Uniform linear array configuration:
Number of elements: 24
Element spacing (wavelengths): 0.75
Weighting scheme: blackman
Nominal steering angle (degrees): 15
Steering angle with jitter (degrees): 16.369
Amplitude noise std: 0.05
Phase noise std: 0.05

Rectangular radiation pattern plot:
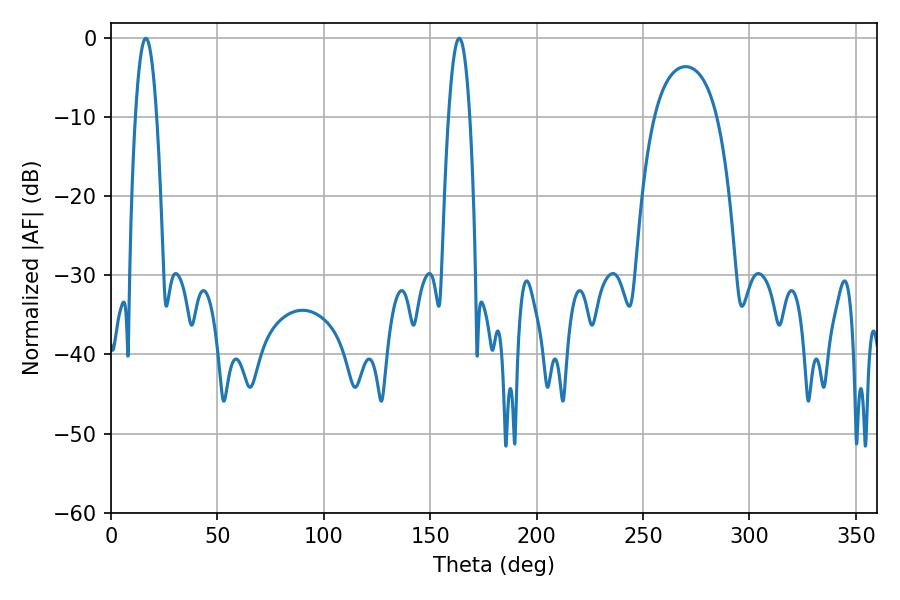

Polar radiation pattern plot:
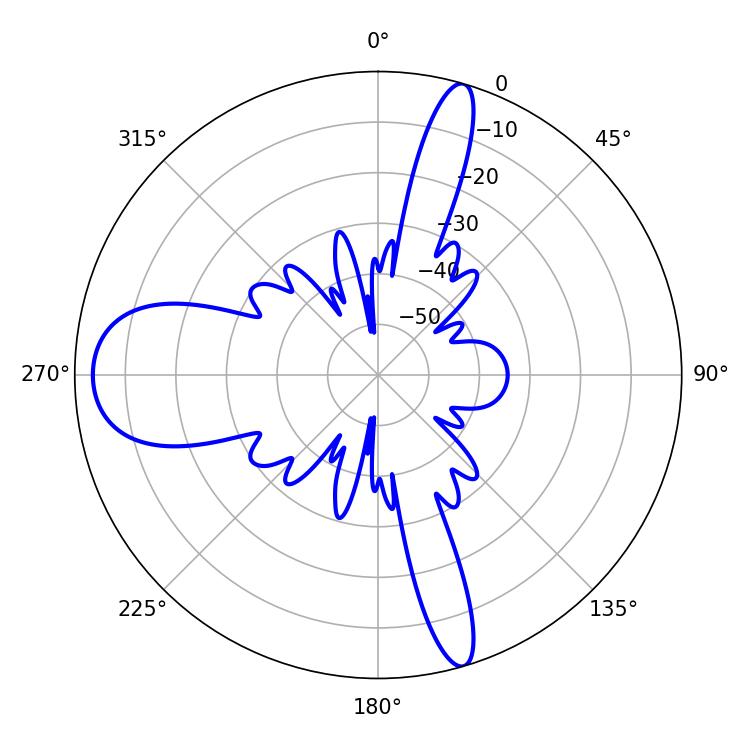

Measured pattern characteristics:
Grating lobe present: TRUE
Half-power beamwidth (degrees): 5.4
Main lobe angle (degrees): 16.38